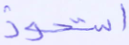
استحوذ